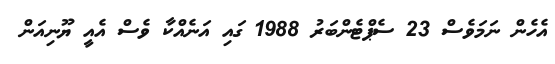
އެހެން ނަމަވެސް 23 ސެޕްޓެންބަރު 1988 ގައި އަނެއްކާ ވެސް އެއީ ޔޫނިއަން